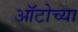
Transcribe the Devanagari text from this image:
ऑटोच्या